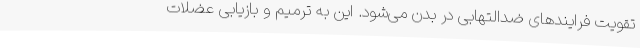
تقویت فرایندهای ضدالتهابی در بدن می‌شود. این به ترمیم و بازیابی عضلات